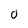
Character: 0